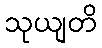
သုယျတိ